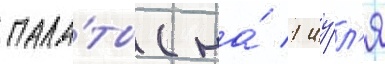
пала́ты (на́ 1 иу́л'я